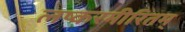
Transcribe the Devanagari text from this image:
लष्करमीरितम्